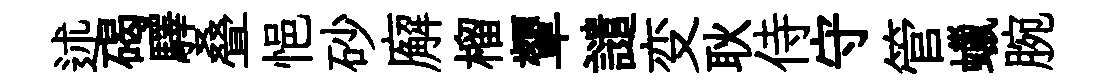
述碣驛叠悒砂廨榴顰譴变耿侍守管蠟腕